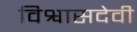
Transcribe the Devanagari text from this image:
विश्वासदेवी